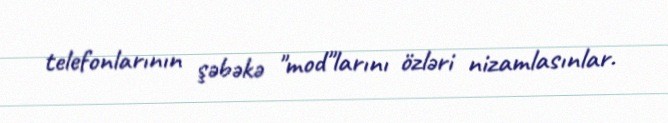
telefonlarının şəbəkə "mod"larını özləri nizamlasınlar.